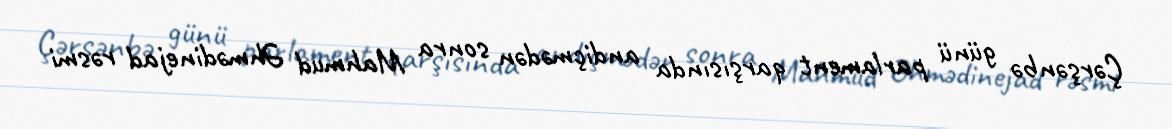
Çərşənbə günü parlament qarşısında andiçmədən sonra Mahmud Əhmədinejad rəsmi